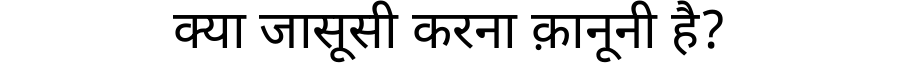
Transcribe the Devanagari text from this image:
क्या जासूसी करना क़ानूनी है?